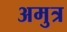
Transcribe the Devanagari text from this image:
अमुत्र